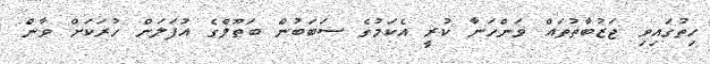
ހިތުގައިވި ޖަޒުބާތުތައް ވަންހަނާ ކުރީ އެކަމުގެ ސަބަބުން ބަތޫލްގެ އުފަލަށް ހުރަކަށް ވާން